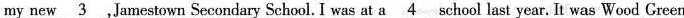
my new\underline{3} ,Jamestown Secondary School. I was at a\underline{4} school last year. It was Wood Green